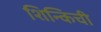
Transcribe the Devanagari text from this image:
शिन्किची